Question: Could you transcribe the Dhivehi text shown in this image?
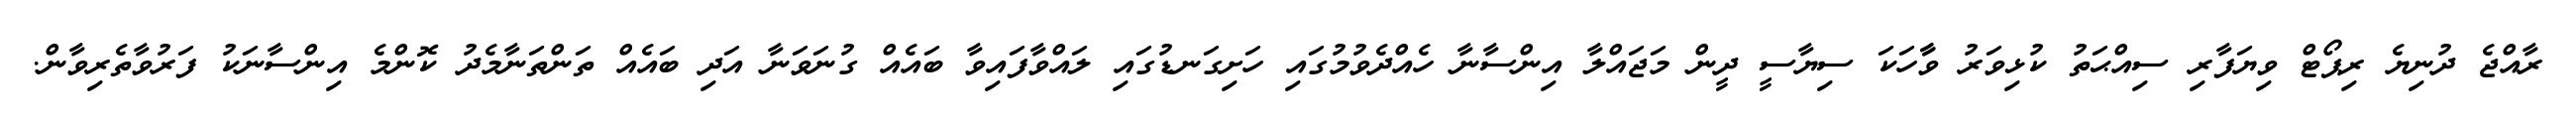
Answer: ރާއްޖެ ދުނިޔެ ރިޕޯޓް ވިޔަފާރި ސިއްޙަތު ކުޅިވަރު ވާާހަކަ ސިޔާސީ ދީން މަޖައްލާ އިންސާނާ ހެއްދެވުމުގައި ހަށިގަނޑުގައި ލައްވާފައިވާ ބައެއް ގުނަވަނާ އަދި ބައެއް ތަންތަނާމެދު ކޮންމެ އިންސާނަކު ފަރުވާތެރިވާން.